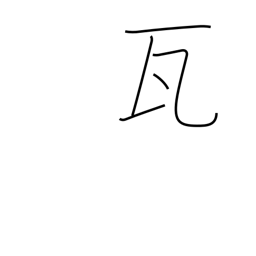
Meaning: gram